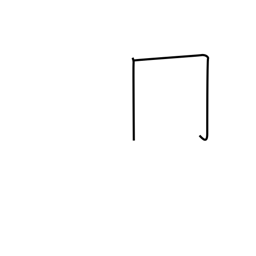
Meaning: upside-down box radical (no. 13)